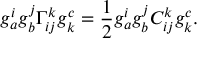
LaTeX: g _ { a } ^ { i } g _ { b } ^ { j } \Gamma _ { i j } ^ { k } g _ { k } ^ { c } = \frac { 1 } { 2 } g _ { a } ^ { i } g _ { b } ^ { j } C _ { i j } ^ { k } g _ { k } ^ { c } .